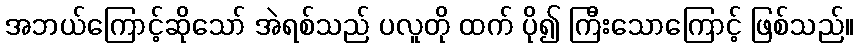
အဘယ်ကြောင့်ဆိုသော် အဲရစ်သည် ပလူတို ထက် ပို၍ ကြီးသောကြောင့် ဖြစ်သည်။